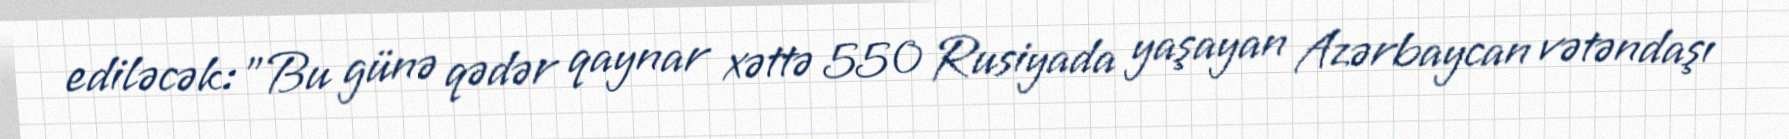
ediləcək: "Bu günə qədər qaynar xəttə 550 Rusiyada yaşayan Azərbaycan vətəndaşı